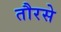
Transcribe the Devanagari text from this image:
तौरसे